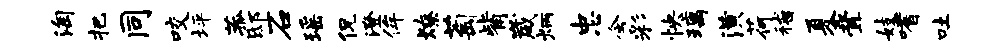
淘把同咬坪菰邸石瑶侃澄侔燎萄觜崴炳忠会彩怏璃潢荷稽夏叠妓嗜吐